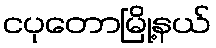
ငပုတောမြို့နယ်